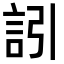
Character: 訠